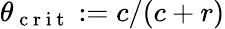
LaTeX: \theta_{\mathrm{~c~r~i~t~}}:=c/(c+r)